Regulations for the medical services of the Army of India
Year: 1930
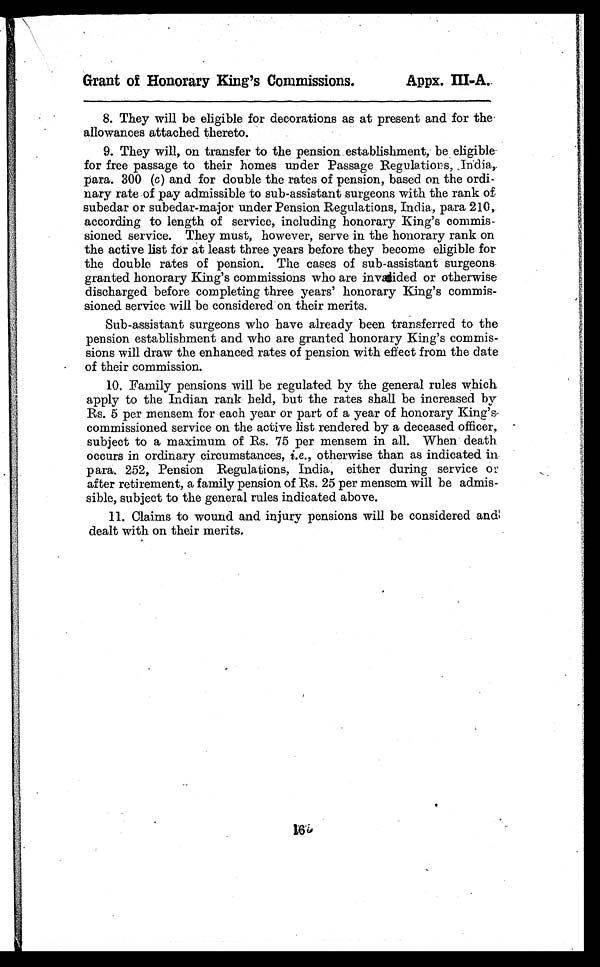
Grant of Honorary King's Commissions.
Apps. III-A..
8. They will be eligible for decorations as at present and for the
allowances attached thereto.
9. They will, on transfer to the pension establishment, be eligible-
for free passage to their homes under Passage Regulations, India,
para. 300 (c) and for double the rates of pension, based on the ordi-
nary rate of pay admissible to sub-assistant surgeons with the rank of
subedar or subedar-major under Pension Regulations, India, para 210,
according to length of service, including honorary King’s commis-
sioned service. They must, however, serve in the honorary rank on
the active list for at least three years before they become eligible for
the double rates of pension. The cases of sub-assistant surgeons
gr ant ed honor ar y Ki ng’ s commi ssi ons who ar e i nval i ded or ot her wi se
discharged before completing three years’ honorary King’s commis-
sioned service will be considered on their merits.
Sub-assistant surgeons who have already been transferred to the
pension establishment and who are granted honorary King’s commis-
sions will draw the enhanced rates of pension with effect from the date
of their commission.
10.Family pensions will be regulated by the general rules which.
apply to the Indian rank held, but the rates shall be increased by
Rs. 5 per mensem for each year or part of a year of honorary King’s
commissioned service on the active list rendered by a deceased officer,
subject to a maximum of Rs. 75 per mensem in all. When death
occurs in ordinary circumstances, i.e., otherwise than as indicated in
para. 252, Pension Regulations, India, either during service or
after retirement, a family pension of Rs. 25 per mensem will be admis-
sible, subject to the general rules indicated above.
11.Claims to wound and injury pensions will be considered and
dealt with on their merits.
1 6 5